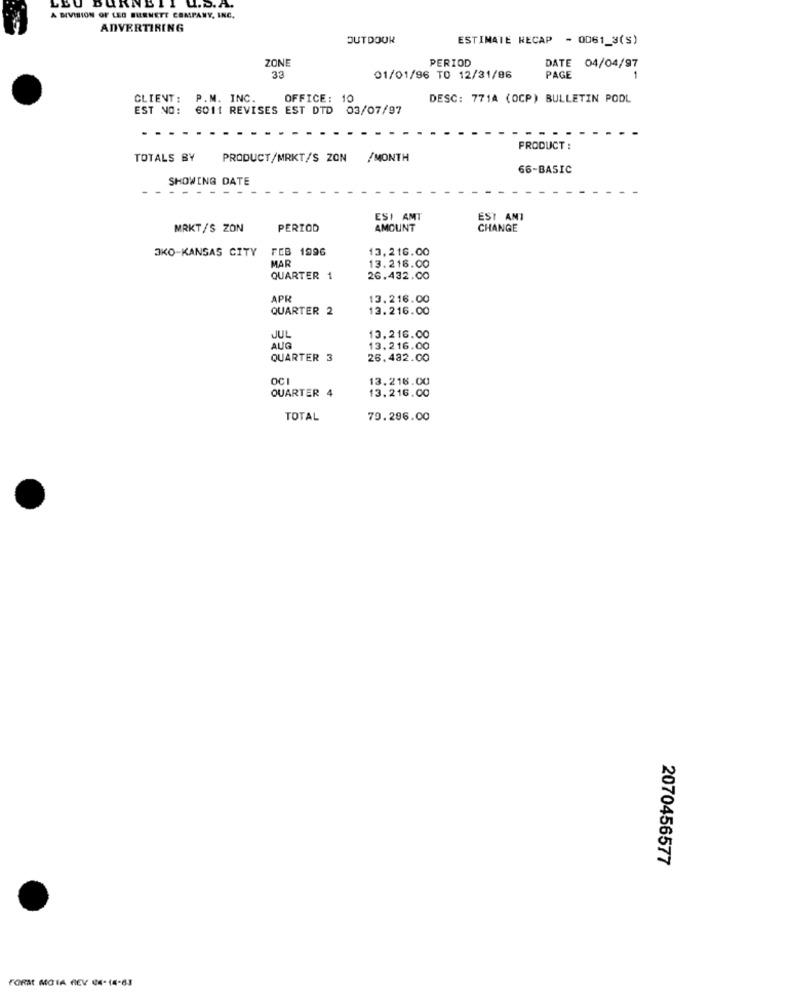
UKNEI
u.D.A.
A DIVISION OF LEG BURNETT COMPANY, INC.
ADVERTIRING
OUTDOOR
ESTIMATE RECAP - 0061_3(S)
ZONE
PERIOD
DATE
04/04/97
33
01/01/96 TO 12/31/86
PAGE
-
CLIENT:
P.M. INC.
OFFICE: 10
DESC: 771A (OCP) BULLETIN POOL
EST NO:
6011 REVISES EST DTD 03/07/97
PRODUCT :
TOTALS BY
PRODUCT/MRKT/S ZON /MONTH
66-BASIC
SHOWING DATE
ESI AMT
EST ANT
MRKT/S ZON
PERIOD
AMOUNT
CHANGE
3KO-KANSAS CITY
FEB 1996
13,216.00
MAR
13.216.00
QUARTER 1
26.432.00
APR
13.216.00
QUARTER 2
13.216.00
JUL
13,216.00
AUG
13.216.00
QUARTER 3
26.482.00
OC
13.216.00
QUARTER 4
13.216.00
TOTAL
79.296.00
2070456577
FORM MOTA REV (4-14-63